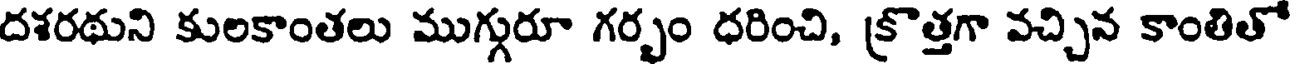
దశరథుని కులకాంతలు ముగ్గురూ గర్భం ధరించి, క్రొత్తగా వచ్చిన కాంతితో